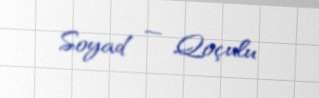
Soyad — Qoçulu